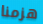
هزمنا